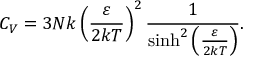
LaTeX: C _ { V } = 3 N k \left( { \frac { \varepsilon } { 2 k T } } \right) ^ { 2 } { \frac { 1 } { \sinh ^ { 2 } \left( { \frac { \varepsilon } { 2 k T } } \right) } } .